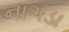
નાગડા